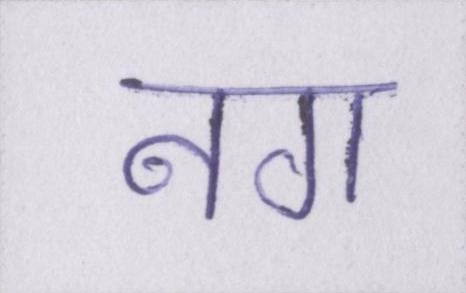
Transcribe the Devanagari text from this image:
नग